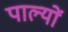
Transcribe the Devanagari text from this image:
पाल्यों